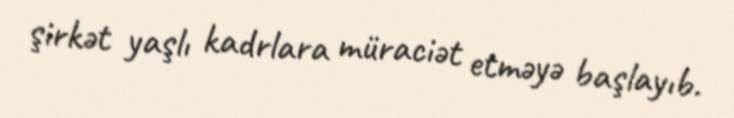
şirkət yaşlı kadrlara müraciət etməyə başlayıb.